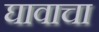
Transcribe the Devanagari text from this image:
घावाचा